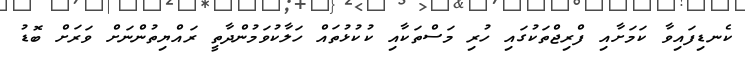
ކެނޑިފައިވާ ކަމަށާއި ފްރިޖްތަކުގައި ހުރި މަސްތަކާއި ކުކުޅުތައް ހަލާކުވަމުންދާތީ ރައްޔިތުންނަށް ވަރަށް ބޮޑު